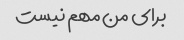
برای من مهم نیست